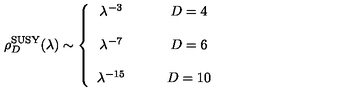
\rho _ { D } ^ { \mathrm { S U S Y } } ( \lambda ) \sim \left\{ \begin{array} { c c } { \lambda ^ { - 3 } } & { \qquad D = 4 } \\ { } & { } \\ { \lambda ^ { - 7 } } & { \qquad D = 6 } \\ { } & { } \\ { \lambda ^ { - 1 5 } } & { \qquad D = 1 0 } \\ \end{array} \right.